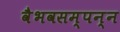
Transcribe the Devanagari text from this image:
वैभवसम्पन्न